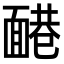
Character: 𩈷